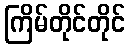
ကြိမ်တိုင်တိုင်